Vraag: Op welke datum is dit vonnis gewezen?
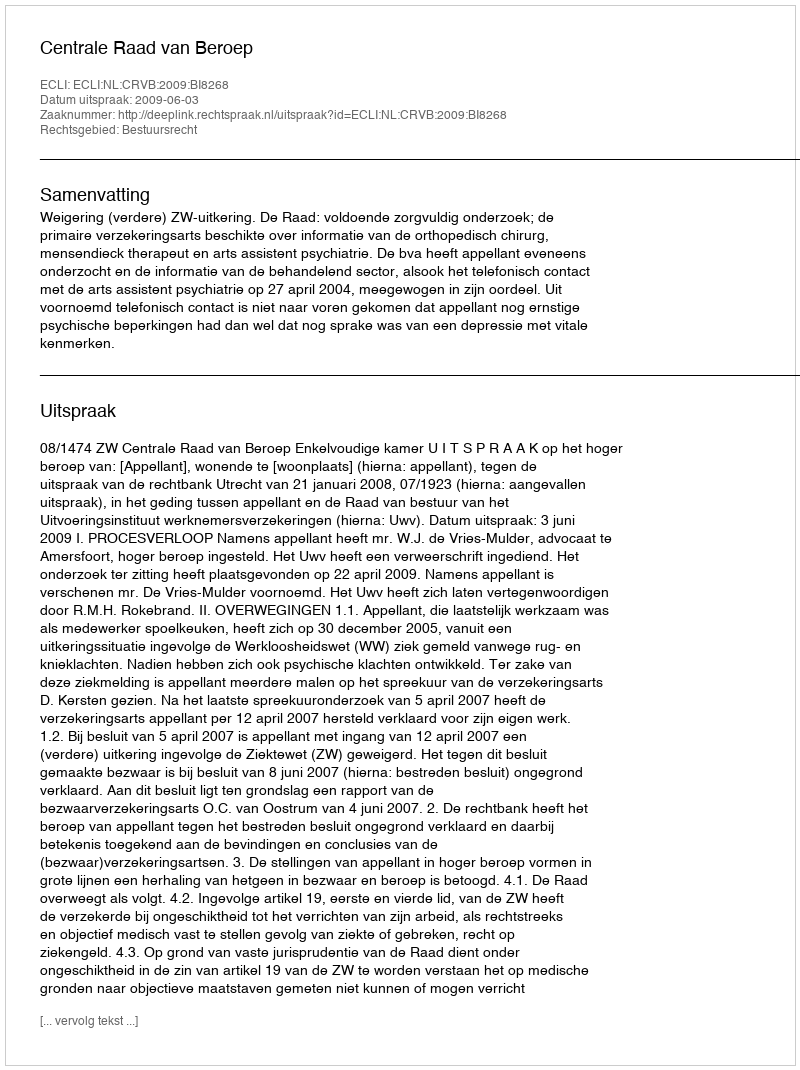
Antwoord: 2009-06-03